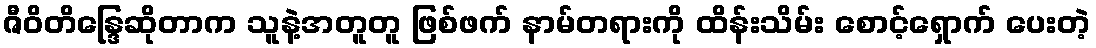
ဇီဝိတိန္ဒြေဆိုတာက သူနဲ့အတူတူ ဖြစ်ဖက် နာမ်တရားကို ထိန်းသိမ်း စောင့်ရှောက် ပေးတဲ့